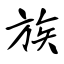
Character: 族